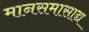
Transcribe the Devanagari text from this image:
मानसमासाद्य